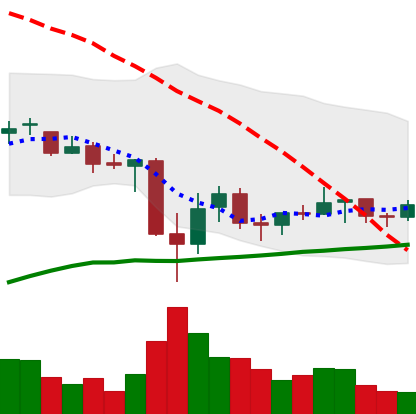
Ticker: BNB-USD
Chart end date: 2021-07-03
Forward return: 4.087%
Label: up_3_5